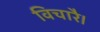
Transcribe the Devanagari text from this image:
विचारै।